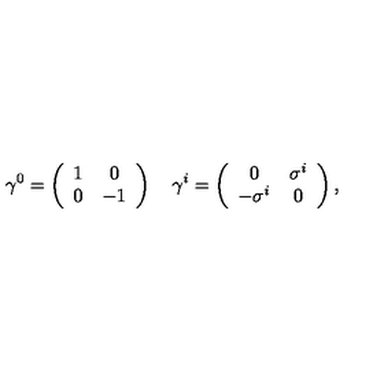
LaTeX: \gamma ^ { 0 } = \left( \begin{array} { c c } { 1 } & { 0 } \\ { 0 } & { - 1 } \\ \end{array} \right) \quad \gamma ^ { i } = \left( \begin{array} { c c } { 0 } & { \sigma ^ { i } } \\ { - \sigma ^ { i } } & { 0 } \\ \end{array} \right) ,